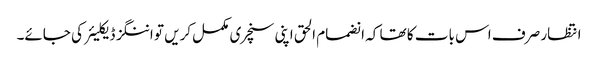
انتظار صرف اس بات کا تھا کہ انضمام الحق اپنی سنچری مکمل کریں تو اننگز ڈیکلیئر کی جائے۔